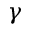
\gamma